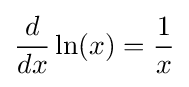
{\frac {d}{dx}}\ln(x)={\frac {1}{x}}